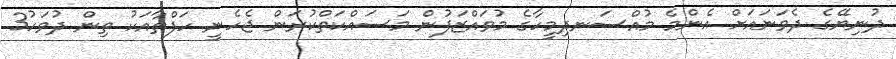
ދުނިޔޭގެ ދެވަނައަށް އެންމެ މުއްސަނދިމީހާގެ މުވައްޒަފުން މަސައްކަތްކުރަން ޖެހެނީ ހަފްތާއަކު ތިން ދުވަހު3